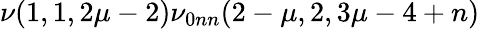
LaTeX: \nu(1,1,2\mu-2)\nu_{0nn}(2-\mu,2,3\mu-4+n)